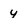
Character: y